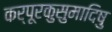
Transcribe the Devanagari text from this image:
कर्पूरकुसुमादिषु